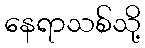
နေရာသစ်သို့